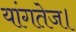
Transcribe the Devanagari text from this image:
यांगतेज।